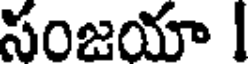
సంజయా I